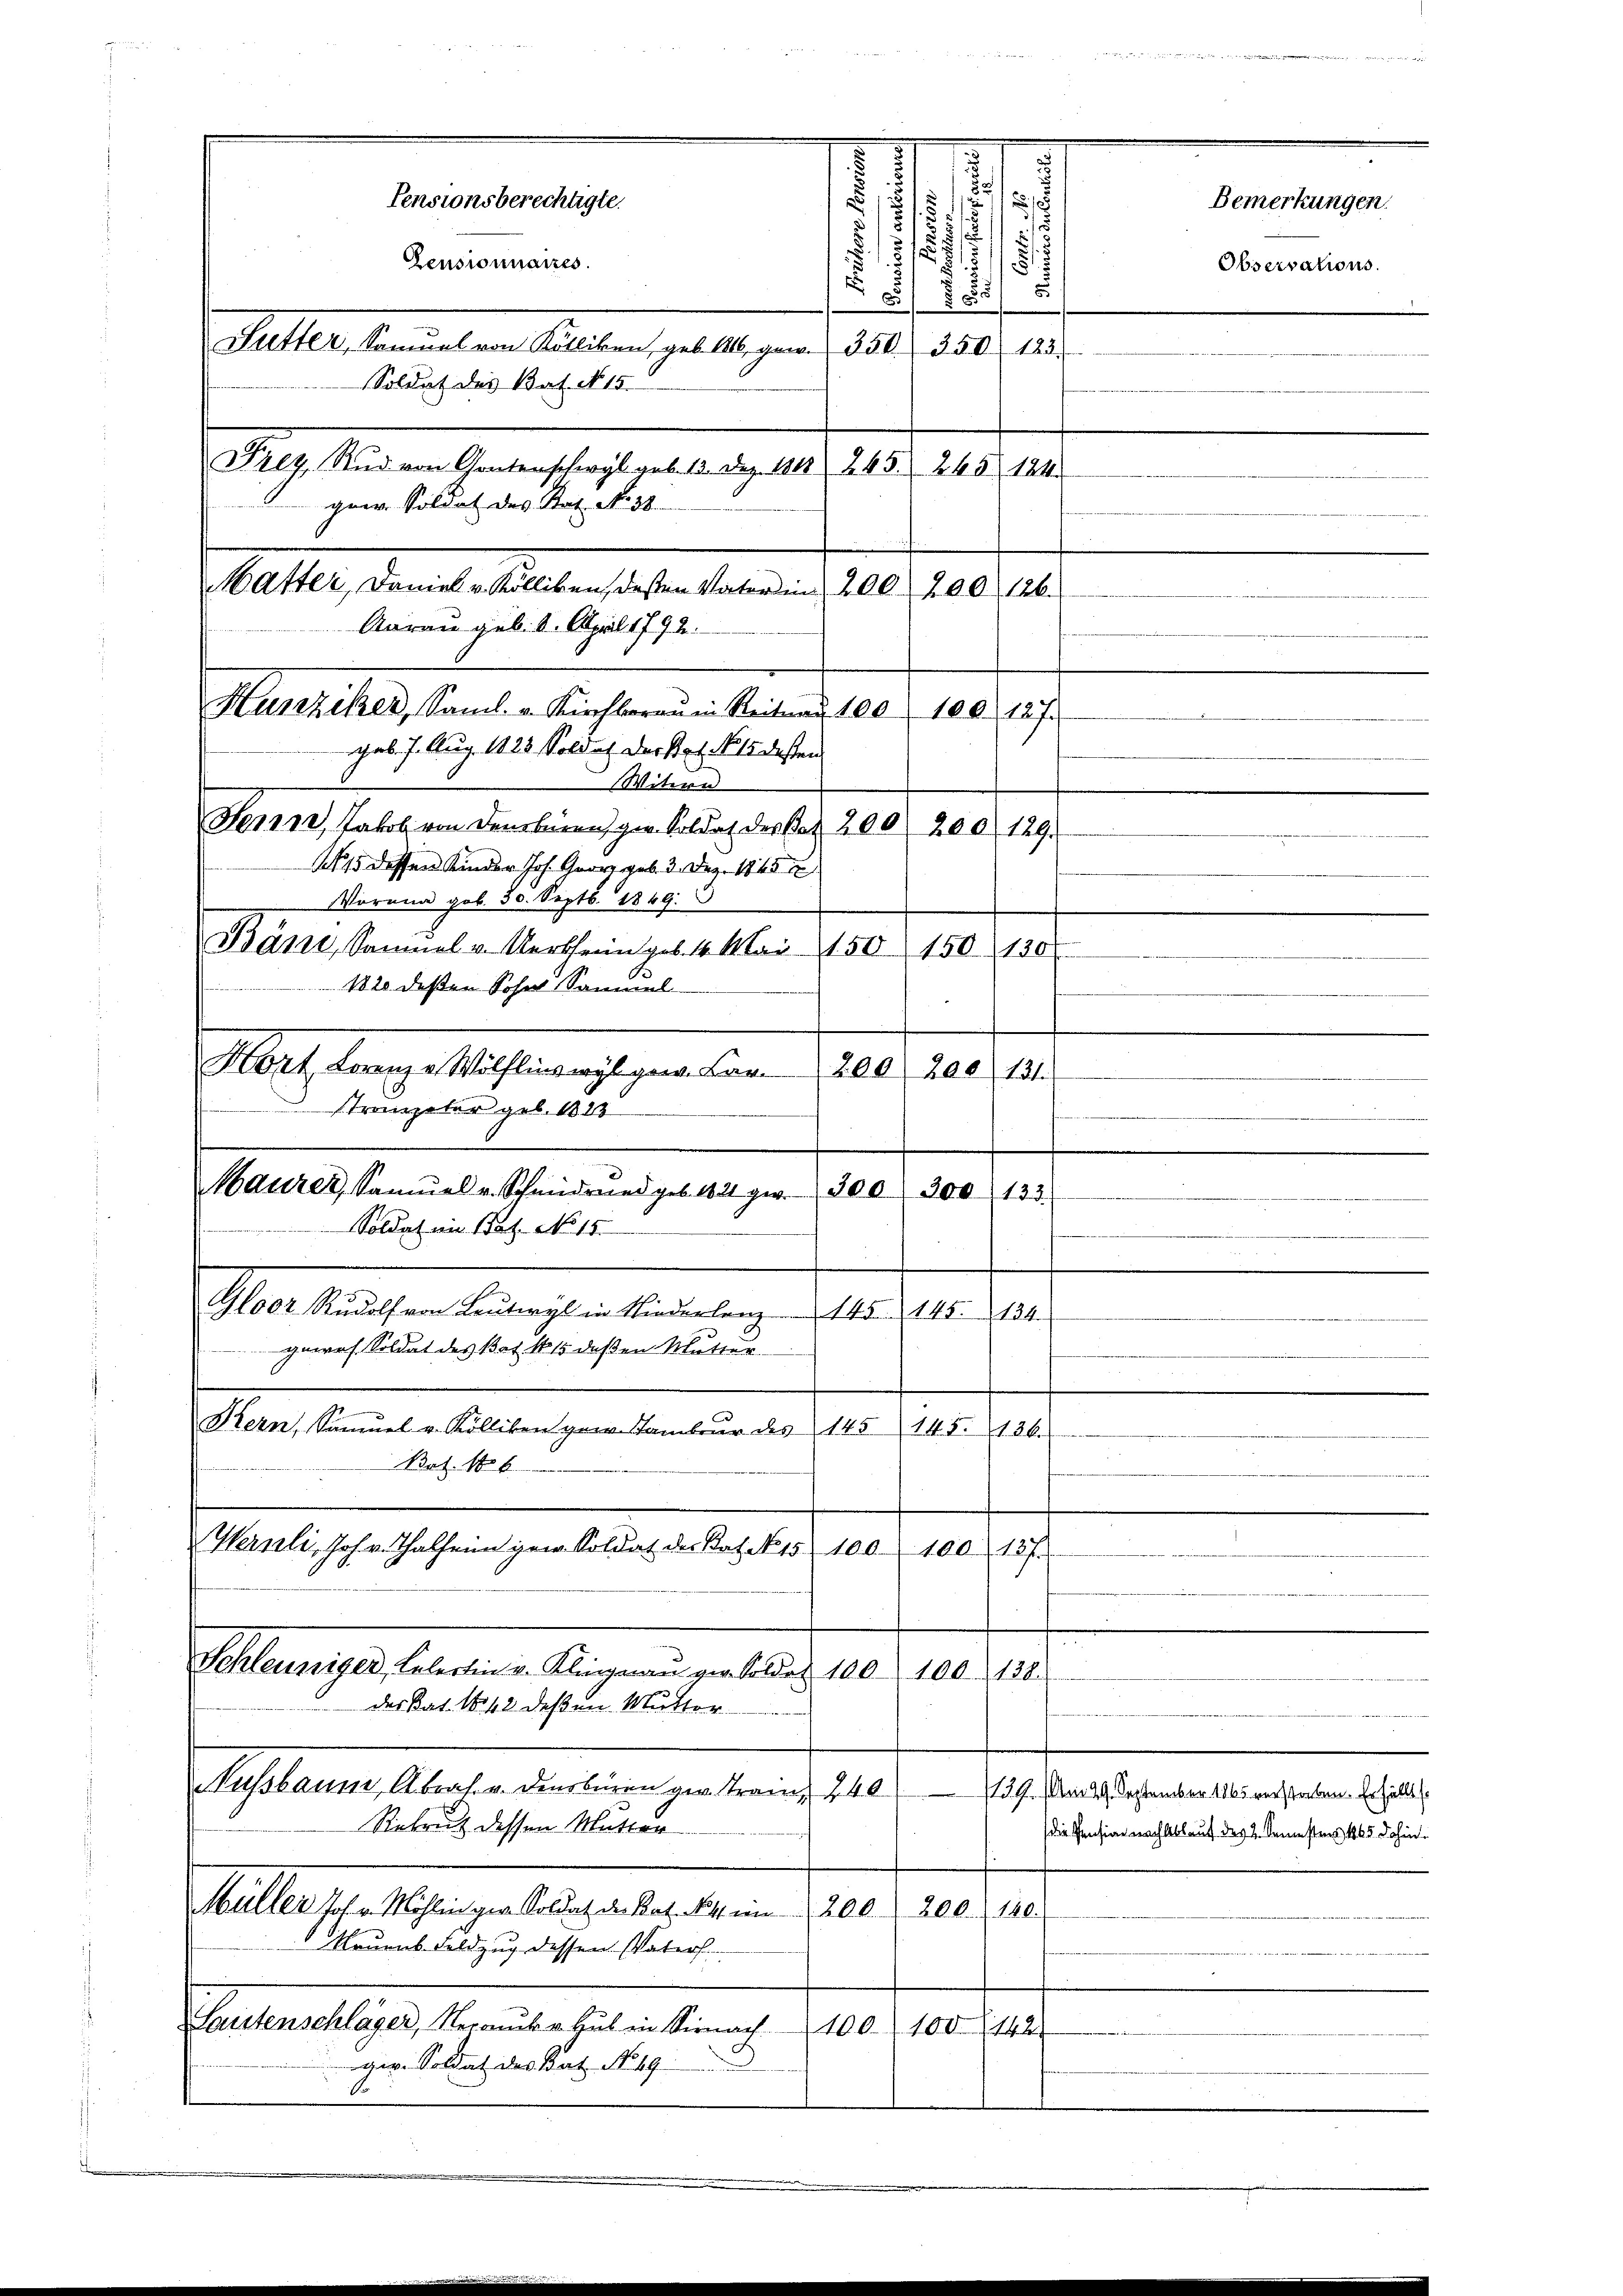
Pensionnaires.
Mutters Kanalen Kuliken gelte gern . 356. 1880. 1831.
Mag. Meinen Geranschaft er einger, 148. 215, 18
gaer Soldat des Rat. No 30.
Setter, dem es selben sichen dann 200 gerade

1
s
7
2
Pensionsberechtigte.
Bemerkungen.
s
¬
12)
.
Observations.
.
§
25.
Aarau geb. 8. April 1792.
Hunziker, Saml. v. Kirchberaŭ in Reitag 100 100. 127.
gab. 7. Aug. 1125 Soldat der stet No 15 desten
Witern
Seren, Jakob von derobiren gen. Soldat der Bat. 200. 200 129.
115 dessen Kinder Joh. Georg geb. 3. Dez. 1865 u
Vorana gob. 30. Septb. 1849.
Bäne, Samuel v. Wertheim geb. 4. Mai 150
150 (130
1828 deßen Sohn Samuel
e
Mort angen lasserrechtigen Con
e
strompeter geb. 1823

.
.
aates tenunterhanden gelegen 1810. 10. Je
Soldat in Bat. No 15.
Gloor Rŭdolf von Leŭtwyl in Niederlanz 145. 145. 134.
guos. Soldat des Bat No 15 deßen Mutter
Solten Beamte Alten hier den eine er 10. Mag. 1910.
Brt. 186
Marieli, Johr Thalheim gem. Soldat der Basel 15. 100. 100. 187
Geltungen, seltenen Augend alles 1805. 100. au
des Kat. 142 deßen Mutter
Kussbaume, Abrah. v. densburen gev. Tram, 240, 139. Am 29. September 1865 verstreben. Erzielle
Rekrut dessen Mutter
die Pensiae nach Ablauf des 2. Semestens 1865 dahin.
Müller Joh. Möhlingen. Soldat der Rat. Mit ein 20. d. 200. 140.
 Nauens Feldzug dessen Vaters.
eaterialger kannte bieten demnach
esverlan
ger. Soldat des Bat. No 49

Soldat des Bat. No 15

s

.